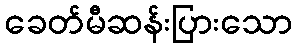
ခေတ်မီဆန်းပြားသော